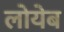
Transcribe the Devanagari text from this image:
लोयेब